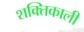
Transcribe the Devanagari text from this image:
शक्‍तिकाली